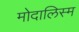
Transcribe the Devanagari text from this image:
मोदालिस्म